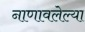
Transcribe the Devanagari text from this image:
नाणावलेल्या